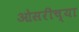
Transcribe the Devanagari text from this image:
ओसरीच्या